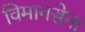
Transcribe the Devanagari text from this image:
विमानसेना